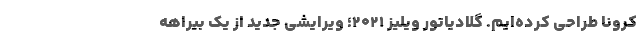
کرونا طراحی کرده‌ایم. گلادیاتور ویلیز 2021؛ ویرایشی جدید از یک بیراهه